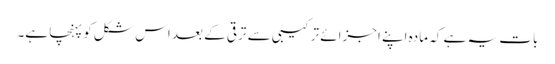
بات یہ ہے کہ مادہ اپنے اجزائے ترکیبی سے ترقی کے بعد اس شکل کو پہنچا ہے۔